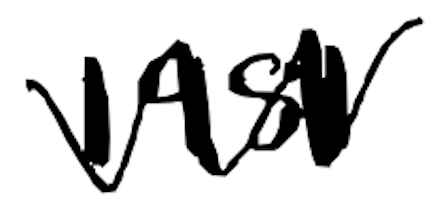
Text: 1981
Cross-out: zig-zag
Writing tool: digital_black